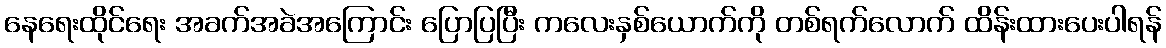
နေရေးထိုင်ရေး အခက်အခဲအကြောင်း ပြောပြပြီး ကလေးနှစ်ယောက်ကို တစ်ရက်လောက် ထိန်းထားပေးပါရန်